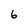
Character: 6